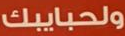
ولحبايبك